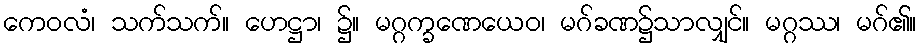
ကေဝလံ၊ သက်သက်။ ဟေဋ္ဌာ၊ ၌။ မဂ္ဂက္ခဏေယေဝ၊ မဂ်ခဏ၌သာလျှင်။ မဂ္ဂဿ၊ မဂ်၏။